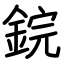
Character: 鋎